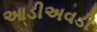
આડીઅવડી